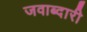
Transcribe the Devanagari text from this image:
जवाब्दारी